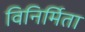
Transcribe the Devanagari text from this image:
विनिर्मिता